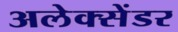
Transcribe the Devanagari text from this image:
अलेक्सेंडर